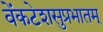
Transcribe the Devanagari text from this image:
वेंकटेशसुप्रभातम्